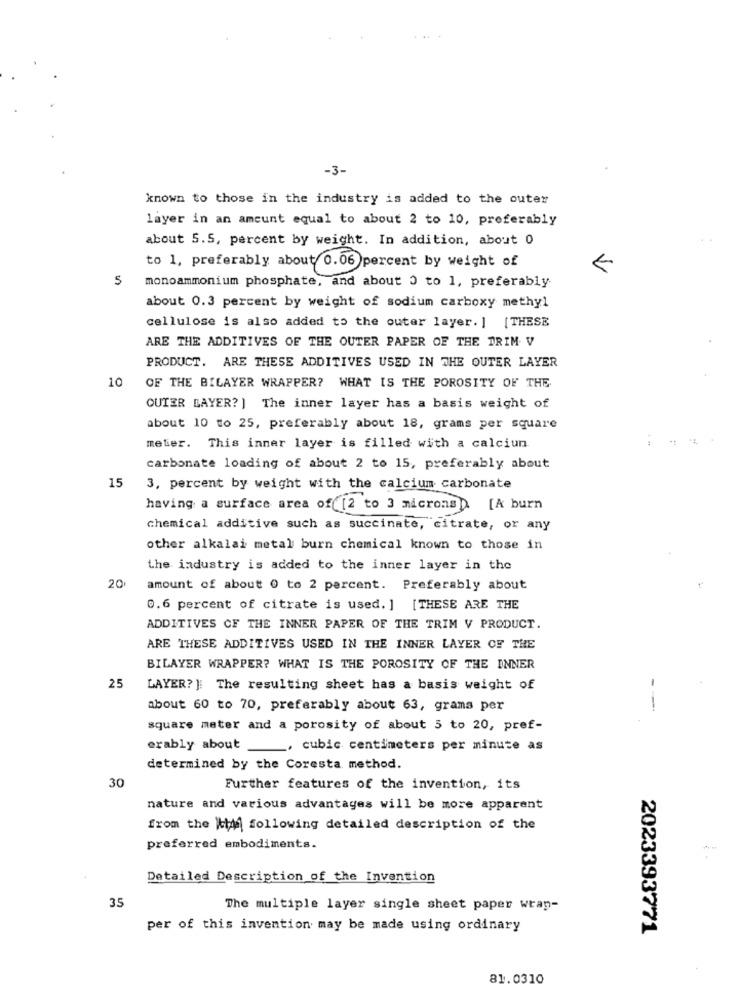
-3-
known to those in the industry is added to the outer
layer in an amount equal to about 2 to 10, preferably
about 5.5, percent by weight. In addition, about 0
to 1, preferably about 0.06 percent by weight of
V
monoammonium phosphate, and about 0 to 1, preferably
about 0.3 percent by weight of sodium carboxy methyl
cellulose is also added to the outer layer. ] [THESE
ARE THE ADDITIVES OF THE OUTER PAPER OF THE DRIM V
PRODUCT. ARE THESE ADDITIVES USED IN THE OUTER LAYER
10
OF THE BILAYER WRAPPER? WHAT IS THE POROSITY OF THE
OUTER LAYER? ] The inner layer has a basis weight of
about 10 to 25, preferably about 18, grams per square
meter. This inner layer is filled with a calciun
carbonate loading of about 2 to 15, preferably about
15
3, percent by weight with the calcium carbonate
having a surface area of( [2 to 3 microns). [A burn
chemical additive such as succinate, citrate, or any
other alkalai metal burn chemical known to those in
the industry is added to the inner layer in the
20.
amount of about 0 to 2 percent. Preferably about
0.6 percent of citrate is used. ] [THESE ARE THE
ADDITIVES CF THE INNER PAPER OF THE TRIM V PRODUCT.
ARE THESE ADDITIVES USED IN THE INNER LAYER OF THE
BILAYER WRAPPER? WHAT IS THE POROSITY OF THE INNER
25
LAYER? ]: The resulting sheet has a basis weight of
-
about 60 to 70, preferably about 63, grams per
square meter and a porosity of about 5 to 20, pref-
erably about_
_, cubic centimeters per minute as
determined by the Coresta method.
30
Further features of the invention, its
nature and various advantages will be more apparent
from the kidd following detailed description of the
preferred embodiments.
Detailed Description of the Invention
35
The multiple layer single sheet paper wrap-
per of this invention may be made using ordinary
2023393771
81.0310